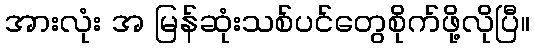
အားလုံး အ မြန်ဆုံးသစ်ပင်တွေစိုက်ဖို့လိုပြီ။